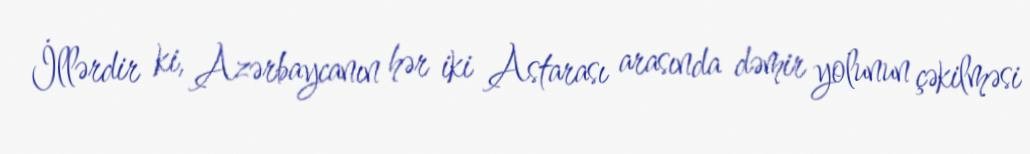
İllərdir ki, Azərbaycanın hər iki Astarası arasında dəmir yolunun çəkilməsi